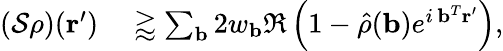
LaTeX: \begin{array}{rl}{\left(\mathcal{S}\rho\right)(\mathbf{r}^{\prime})}&{{}\gtrapprox\sum_{\mathbf{b}}2w_{\mathbf{b}}\Re\left(1-\hat{\rho}(\mathbf{b})e^{i\, \mathbf{b}^{T}\mathbf{r}^{\prime}}\right),}\end{array}